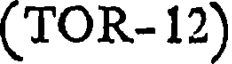
(TOR-12)